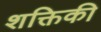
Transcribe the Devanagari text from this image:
शक्तिकी